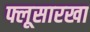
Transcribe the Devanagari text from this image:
फ्लूसारखा